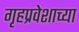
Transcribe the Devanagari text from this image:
गृहप्रवेशाच्या